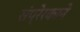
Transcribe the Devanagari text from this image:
संप्रेरकाने